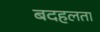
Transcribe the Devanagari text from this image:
बदहलता